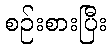
စဉ်းစားပြီး